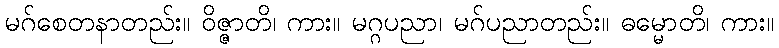
မဂ်စေတနာတည်း။ ဝိဇ္ဇာတိ၊ ကား။ မဂ္ဂပညာ၊ မဂ်ပညာတည်း။ ဓမ္မောတိ၊ ကား။